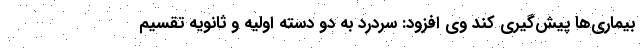
بیماری‌ها پیش‌گیری کند وی افزود: سردرد به دو دسته اولیه و ثانویه تقسیم